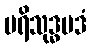
ပရိသုဒ္ဓပဒံ